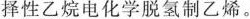
择性乙烷电化学脱氢制乙烯。